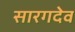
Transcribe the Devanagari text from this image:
सारगदेव